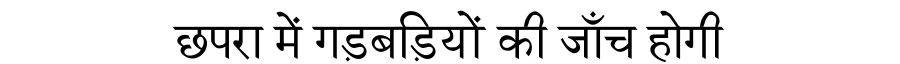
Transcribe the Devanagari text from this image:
छपरा में गड़बड़ियों की जाँच होगी